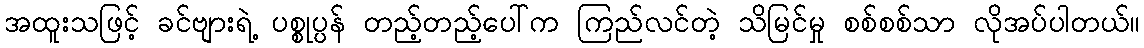
အထူးသဖြင့် ခင်ဗျားရဲ့ ပစ္စုပ္ပန် တည့်တည့်ပေါ်က ကြည်လင်တဲ့ သိမြင်မှု စစ်စစ်သာ လိုအပ်ပါတယ်။